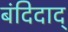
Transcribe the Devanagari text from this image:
बंदिदाद्